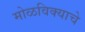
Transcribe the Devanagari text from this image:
मोळविक्याचे